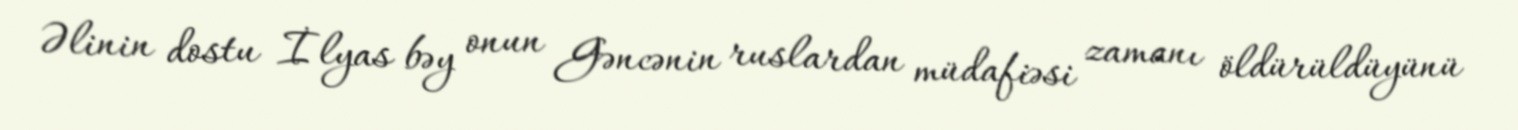
Əlinin dostu İlyas bəy onun Gəncənin ruslardan müdafiəsi zamanı öldürüldüyünü